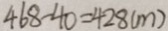
4 6 8 - 4 0 = 4 2 8 ( m )